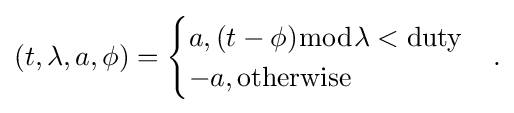
{\textstyle (t,\lambda ,a,\phi )={\begin{cases}a,(t-\phi ){\bmod {\lambda }}<{\text{duty}}\\-a,{\text{otherwise}}\end{cases}}.}